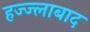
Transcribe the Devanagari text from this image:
हज्ज्लाबाद